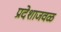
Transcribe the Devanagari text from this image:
प्रदेशाजवळ